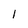
Character: l